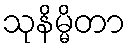
သုနိမ္မိတာ